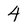
Character: 4